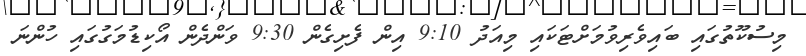
މިސުކޫތުގައި ބައިވެރިވުމަށްޓަކައި މިއަދު 9:10 އިން ފެށިގެން 9:30 ވަންދެން އޯކިޑުމަގުގައި ހުންނަ